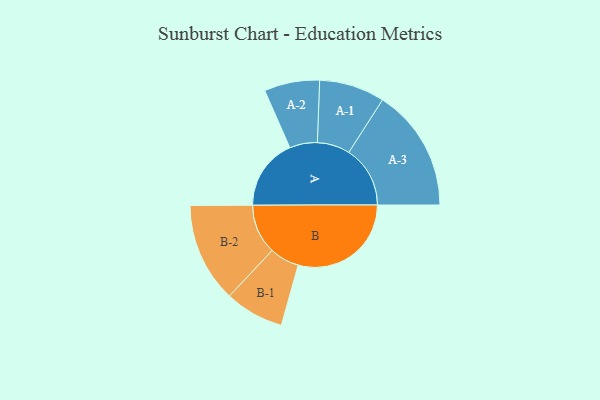
{"axis": {"x": "Segment", "y": "Value"}, "legend": ["", "A", "B"], "data": [{"x": "A", "y": 296, "type": ""}, {"x": "B", "y": 470, "type": ""}, {"x": "A-1", "y": 136, "type": "A"}, {"x": "A-2", "y": 115, "type": "A"}, {"x": "A-3", "y": 255, "type": "A"}, {"x": "B-1", "y": 123, "type": "B"}, {"x": "B-2", "y": 207, "type": "B"}]}